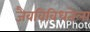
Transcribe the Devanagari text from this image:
जैवविविधतेला